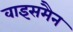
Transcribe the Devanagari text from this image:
वाइसमैन